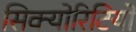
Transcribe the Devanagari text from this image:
सिक्योरिटियों